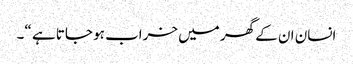
انسان ان کے گھر میں خراب ہو جاتا ہے “۔